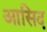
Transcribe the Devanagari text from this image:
आसिद